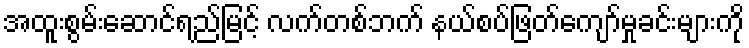
အထူးစွမ်းဆောင်ရည်မြင့် လက်တစ်ဘက် နယ်စပ်ဖြတ်ကျော်မှုခင်းများကို